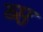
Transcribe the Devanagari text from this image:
ब्स